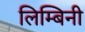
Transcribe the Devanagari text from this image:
लिम्बिनी